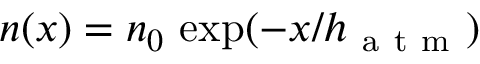
n ( x ) = n _ { 0 } \, \exp ( - x / h _ { \mathrm { ~ a ~ t ~ m ~ } } )